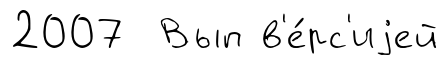
2007 Вып в'е́рс'иjей